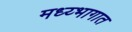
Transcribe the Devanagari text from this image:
मध्य्भागात